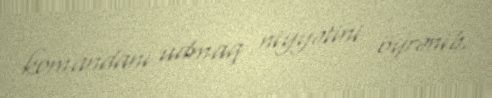
komandanı udmaq niyyətini öyrənib.